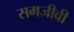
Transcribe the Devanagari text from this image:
समजीवी